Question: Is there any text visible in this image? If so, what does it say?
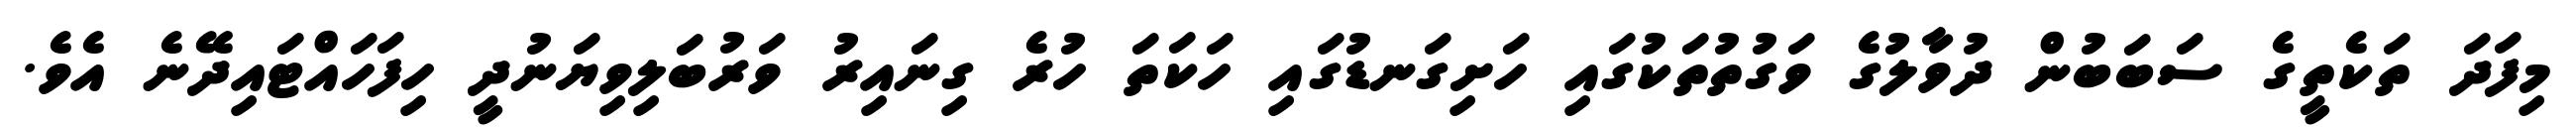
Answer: މިފަދަ ތަކެތީގެ ސަބަބުން ދުވާލުގެ ވަގުތުތަކުގައި ހަށިގަނޑުގައި ހަކަތަ ހުރެ ގިނައިރު ވަރުބަލިވިޔަނުދީ ހިފަހައްޓައިދޭނެ އެވެ.